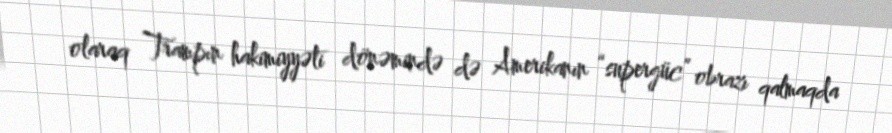
olaraq Trampın hakimiyyəti dönəmində də Amerikanın “supergüc” obrazı qalmaqda